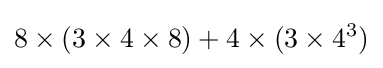
8\times (3\times 4\times 8)+4\times (3\times 4^{3})